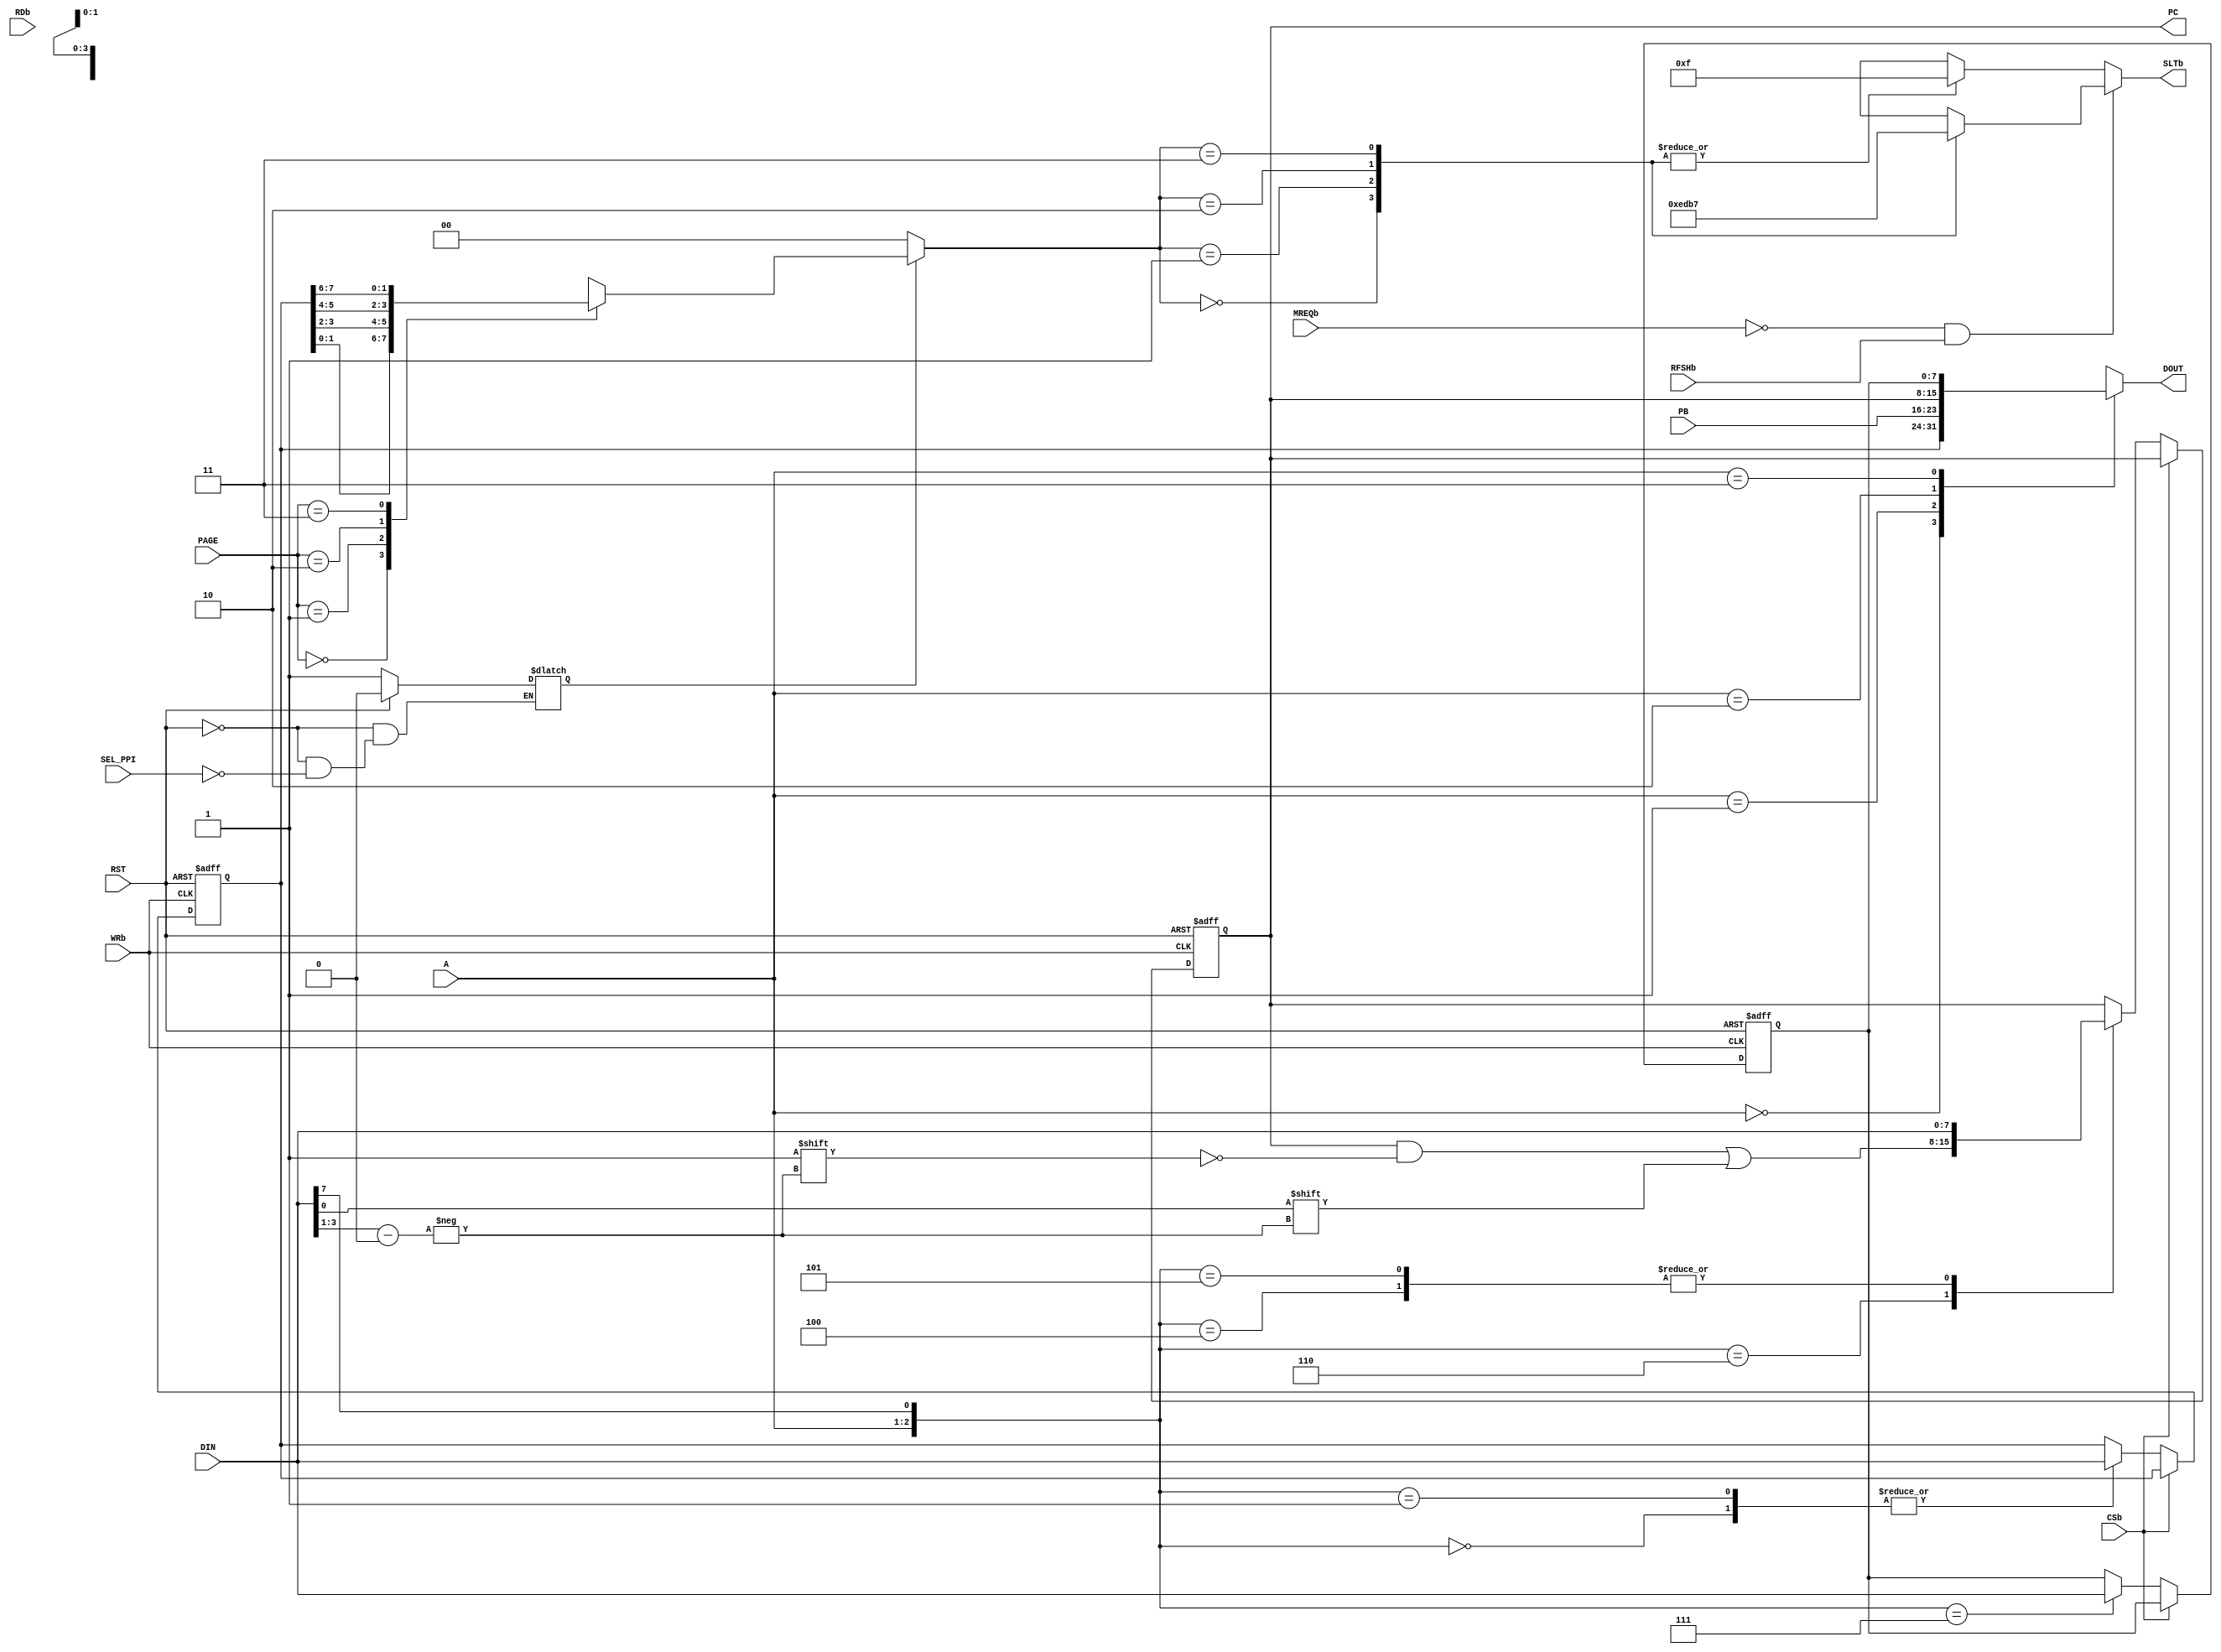
module PPI8255_SLT(
	input RST,
	input [1:0] A,
	input CSb,
	input RDb,
	input WRb,
	input MREQb,
	input RFSHb,
	input SEL_PPI,
	input [1:0] PAGE,
	
	input [7:0] DIN,
	
	input [7:0] PB,
	output reg [3:0] SLTb,
	output [7:0] PC,
	

	
	output reg [7:0] DOUT
);

	reg [7:0] REGA;
	//reg [7:0] REGB;
	reg [7:0] REGC;

	reg [7:0] regCTRL;	// Mode Definition Register
	
	// assign PA = REGA;
	assign PC = REGC;
	
	always @(*)
	begin
		case (A)
			2'b00: DOUT = REGA;
			2'b01: DOUT = PB;
			2'b10: DOUT = REGC;
			2'b11: DOUT = regCTRL;
		endcase
	end
	
	// Writing 
	always @(posedge RST or posedge WRb)
	begin
		if (RST)
		begin
			regCTRL = 8'h9b;
			REGA = 8'h00;
			//REGB = 8'h00;
			REGC = 8'h00;
		end
		else if (~CSb)
			begin
				case ({A,DIN[7]})
					3'b000: REGA = DIN;
					//3'b010: REGB = DIN;
					3'b100: REGC = DIN;
					3'b110: REGC[ DIN[3:1] ] = DIN[0];
					
					3'b001: REGA = DIN;
					//3'b011: REGB = DIN;
					3'b101: REGC = DIN;
					3'b111: regCTRL = DIN;
					
				endcase
			end
	end
	
	reg [1:0] YPA;	// Slot MUX
		reg EN153;
		
		always @(*)	// EN153 Latch
		begin
			if (RST)
				EN153 = 1'b0;
			else
				if( SEL_PPI)
					EN153 = 1'b1;
		end
		
		
		always @(*)
		begin
			if (EN153)
			begin
				case (PAGE)
					2'b00: YPA = REGA[1:0];
					2'b01: YPA = REGA[3:2];
					2'b10: YPA = REGA[5:4];
					2'b11: YPA = REGA[7:6];
				endcase
			end
			else
				YPA = 2'b00;
		end
		
		assign ENSLT = ~MREQb & RFSHb;
		
		always @(*)
		begin
			if (ENSLT)
				case (YPA)
					2'b00: SLTb = 4'b1110;
					2'b01: SLTb = 4'b1101;
					2'b10: SLTb = 4'b1011;
					2'b11: SLTb = 4'b0111;
				endcase
			else	
				case (YPA)
				2'b00: SLTb = 4'b1111;
				2'b01: SLTb = 4'b1111;
				2'b10: SLTb = 4'b1111;
				2'b11: SLTb = 4'b1111;
			endcase
		end
	
	
	
	
endmodule